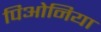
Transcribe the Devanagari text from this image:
पिओनिया